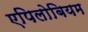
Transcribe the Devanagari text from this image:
एपिलोबियम